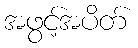
အဖွင့်အပိတ်